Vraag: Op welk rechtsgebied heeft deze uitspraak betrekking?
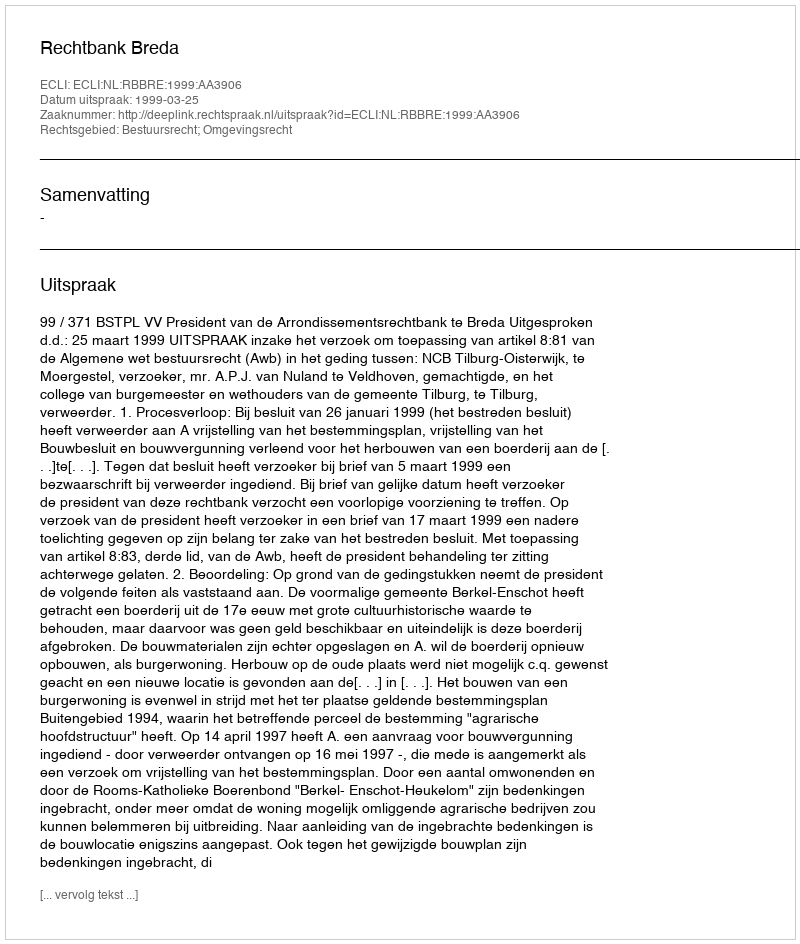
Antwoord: Bestuursrecht; Omgevingsrecht